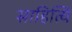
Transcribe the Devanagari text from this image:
साहित्यि